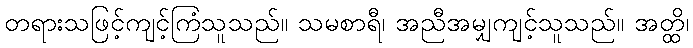
တရားသဖြင့်ကျင့်ကြံသူသည်။ သမစာရီ၊ အညီအမျှကျင့်သူသည်။ အတ္ထိ၊